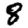
Digit: 8